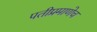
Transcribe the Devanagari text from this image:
पतीप्रमाणेच